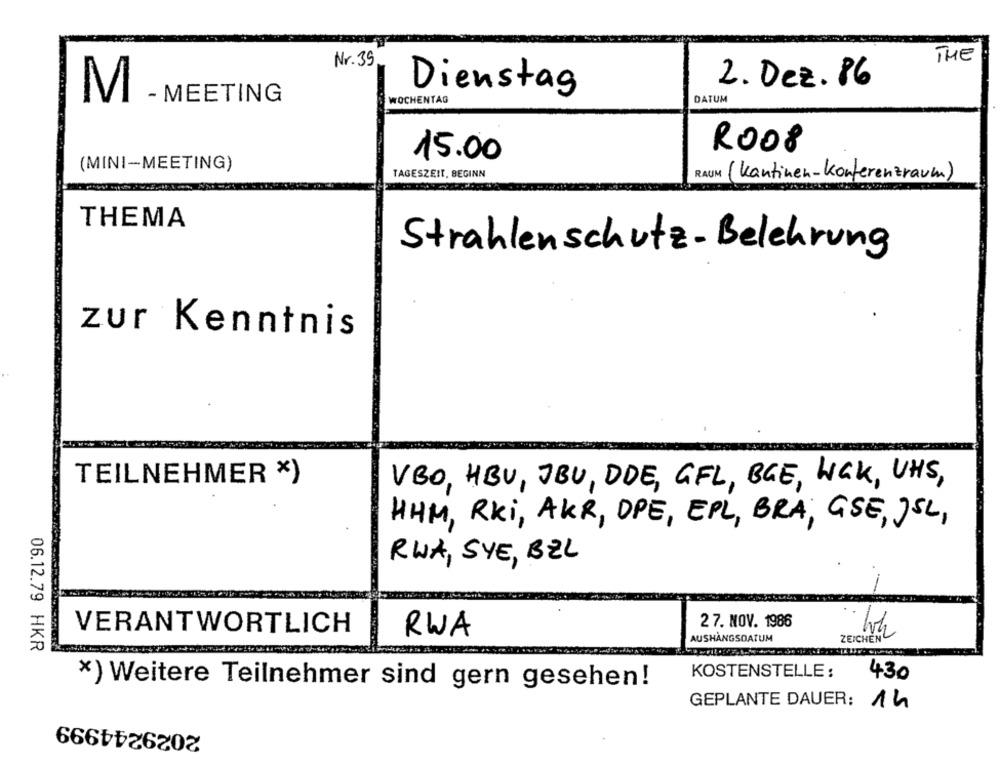
THE
Nr. 39
2. Dez. 86
Dienstag
M
- MEETING
DATUM
WOCHENTAG
R008
15.00
(MINI-MEETING)
TAGESZEIT, BEGINN
RAUM (Kantinen-konferenzraum)
THEMA
Strahlenschutz- Belehrung
zur Kenntnis
TEILNEHMER X)
VBO, HBU, JBU, DDE, GFL, BGE, WCK, UHS,
HHM, Rki, AKR, OPE, EPL, BRA, GSE, JSL,
RUA, SYE, BEL
27. NOV. 1986
VERANTWORTLICH
RWA
AUSHANGSDATUM
ZEICHEN
06.12.79 HKR
KOSTENSTELLE :
430
x) Weitere Teilnehmer sind gern gesehen!
GEPLANTE DAUER: 14
2029244999